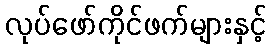
လုပ်ဖော်ကိုင်ဖက်များနှင့်